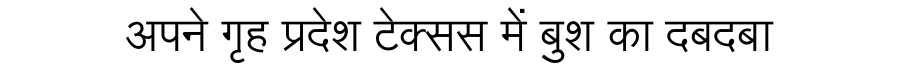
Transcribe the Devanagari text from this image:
अपने गृह प्रदेश टेक्सस में बुश का दबदबा